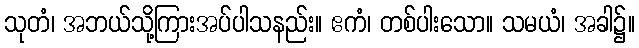
သုတံ၊ အဘယ်သို့ကြားအပ်ပါသနည်း။ ဧကံ၊ တစ်ပါးသော။ သမယံ၊ အခါ၌။